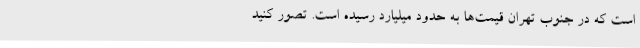
است که در جنوب تهران قیمت‌ها به حدود میلیارد رسیده است. تصور کنید